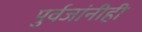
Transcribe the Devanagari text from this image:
पुर्वजांनीही